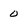
Character: 0